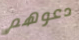
دعوهم